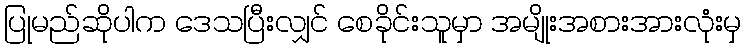
ပြုမည်ဆိုပါက ဒေသပြီးလျှင် စေခိုင်းသူမှာ အမျိုးအစားအားလုံးမှ